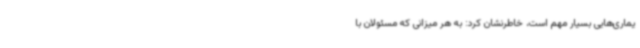
یماری‌هایی بسیار مهم است، خاطرنشان کرد: به هر میزانی که مسئولان با